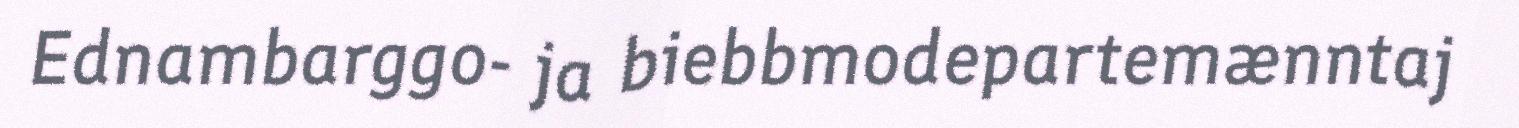
Ednambarggo- ja biebbmodepartemænntaj